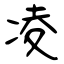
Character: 凌